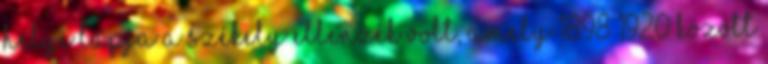
helyi lapja a Székely Ellenzék volt, amely 1898–1920 között